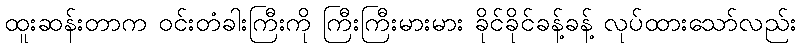
ထူးဆန်းတာက ဝင်းတံခါးကြီးကို ကြီးကြီးမားမား ခိုင်ခိုင်ခန့်ခန့် လုပ်ထားသော်လည်း